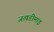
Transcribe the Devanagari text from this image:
जखडीमाइ